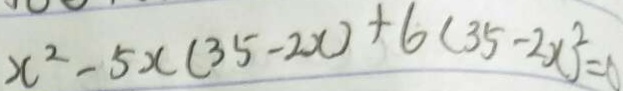
x ^ { 2 } - 5 x ( 3 5 - 2 x ) + 6 ( 3 5 - 2 x ) ^ { 2 } = 0